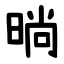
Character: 㫾